Civil Veterinary Dept. Assam report 1927-50 - 1927-1950
Year: 1927
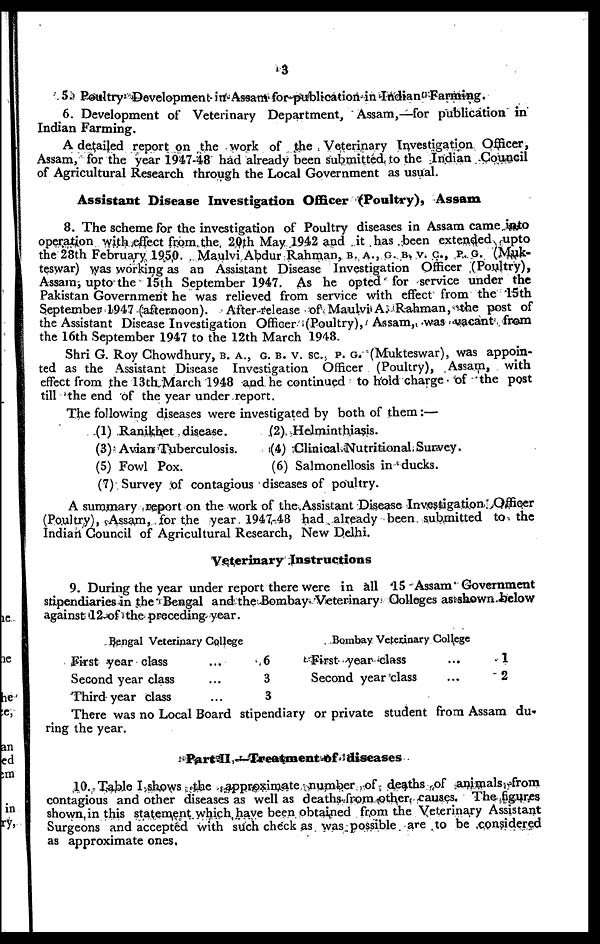
3
5. Poultry Development in Assam for publication in Indian Farming.
6. Development of Veterinary Department, Assam,—for publication in
Indian Farming.
A detailed report on the work of the Veterinary Investigation Officer,
Assam, for the year 1947-48 had already been submitted to the Indian Council
of Agricultural Research through the Local Government as usual.
Assistant Disease Investigation Officer (Poultry), Assam
8. The scheme for the investigation of Poultry diseases in Assam came into
operation with effect from the 20th May 1942 and it has been extended upto
the 28th February 1950. Maulvi Abdur Rahman, B. A., C. B. V. C., P. O. (Muk-
teswar) was working as an Assistant Disease Investigation Officer (Poultry),
Assam, upto the 15th September 1947. As he opted for service under the
Pakistan Government he was relieved from service with effect from the 15th
September 1947 (afternoon).
After release of Maulvi A. Rahman, the post of
the Assistant Disease Investigation Officer (Poultry), Assam, was vacant from
the 16th September 1947 to the 12th March 1948.
Shri G. Roy Chowdhury, B. A., C. B. V. SC. P. G. (Mukteswar), was appoin-
ted as the Assistant Disease Investigation Officer (Poultry), Assam, with
effect from the 13th March 1948 and he continued to hold charge of the post
till the end of the year under report.
The following diseases were investigated by both of them:—
(1) Ranikhet disease.
(3) Avian Tuberculosis.
(5) Fowl Pox.
(2) Helminthiasis.
(4) Clinical Nutritional Survey.
(6) Salmonellosis in ducks.
(7) Survey of contagious diseases of poultry.
A summary report on the work of the Assistant Disease Investigation Officer
(Poultry), Assam, for the year 1947-48 had already been submitted to the
Indian Council of Agricultural Research, New Delhi.
Veterinary Instructions
9. During the year under report there were in all 15 Assam Government
stipendiaries in the Bengal and the Bombay Veterinary Colleges as shown below
against 12 of the preceding year.
Bengal Veterinary College
First year class ...
Second year class ...
Third year class ...
6
3
3
Bombay Veterinary College
First year class
Second year class
1
2
There was no Local Board stipendiary or private student from Assam du-
ring the year.
Part II —Treatment of diseases
10. Table I shows the approximate number of deaths of animals from
contagious and other diseases as well as deaths from other causes. The figures
shown in this statement which have been obtained from the Veterinary Assistant
Surgeons and accepted with such check as was possible are to be considered
as approximate ones.